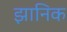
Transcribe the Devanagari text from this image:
झानिक